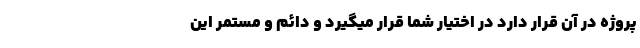
پروژه در آن قرار دارد در اختیار شما قرار میگیرد و دائم و مستمر این